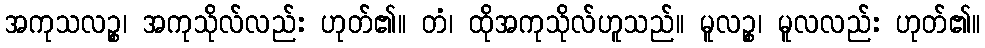
အကုသလဉ္စ၊ အကုသိုလ်လည်း ဟုတ်၏။ တံ၊ ထိုအကုသိုလ်ဟူသည်။ မူလဉ္စ၊ မူလလည်း ဟုတ်၏။